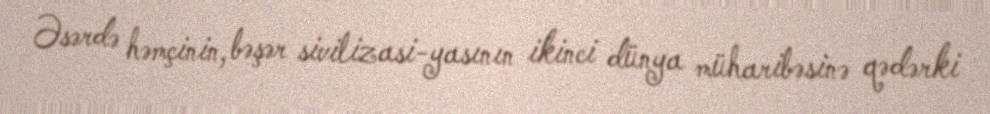
Əsərdə həmçinin, bəşər sivilizasi-yasının ikinci dünya müharibəsinə qədərki